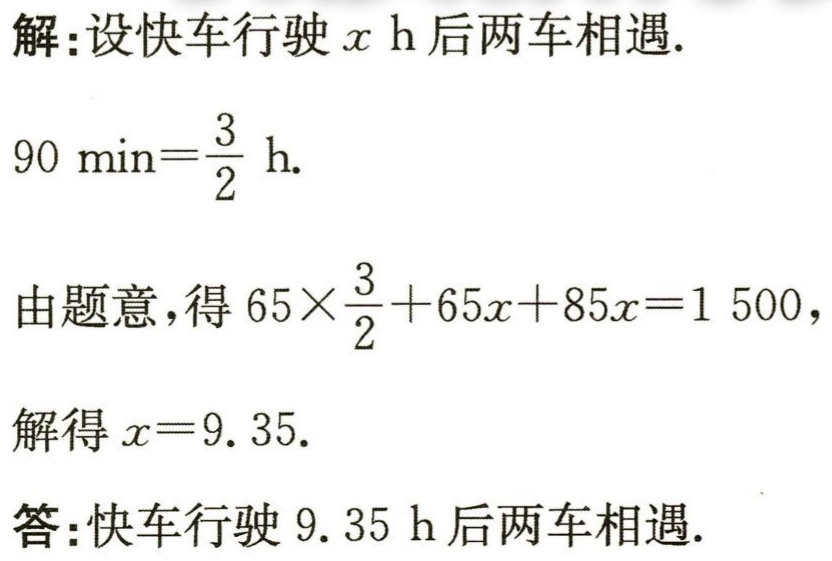
解：设快车行驶\(x\) h 后两车相遇.

\(90\mathrm{min}=\frac{3}{2}\mathrm{h}.\)

由题意，得\(65\times\frac{3}{2}+65x + 85x = 1500\)，

解得\(x = 9.35\).

答：快车行驶\(9.35\) h 后两车相遇.